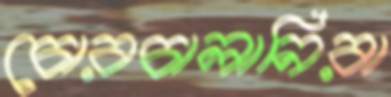
চোরচালানিরা